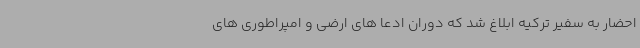
احضار به سفیر ترکیه ابلاغ شد که دوران ادعا های ارضی و امپراطوری های